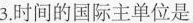
3.时间的国际主单位是